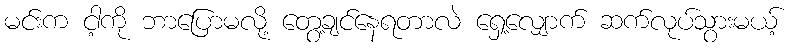
မင်းက ငါ့ကို ဘာပြောမလို့ တွေ့ချင်နေရတာလဲ ရှေ့လျှောက် ဆက်လုပ်သွားမယ့်